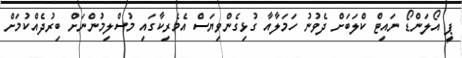
ޕީ އޯލަންޑޯ ނައިޓް ކްލަބަށް ދެވުނު ހަމަލާއާ ގުޅިގެންވިޔަސް އެމެރިކާގައި މުސްލިމުންނަށް ބިރުދެއްކުމަށް